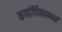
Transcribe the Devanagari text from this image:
कर्णार्पितबन्धनं